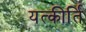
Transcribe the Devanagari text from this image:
यत्कीर्ति